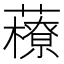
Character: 䕩